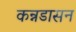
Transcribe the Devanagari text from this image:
कन्नडासन